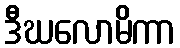
ဒီဃလောမိကာ